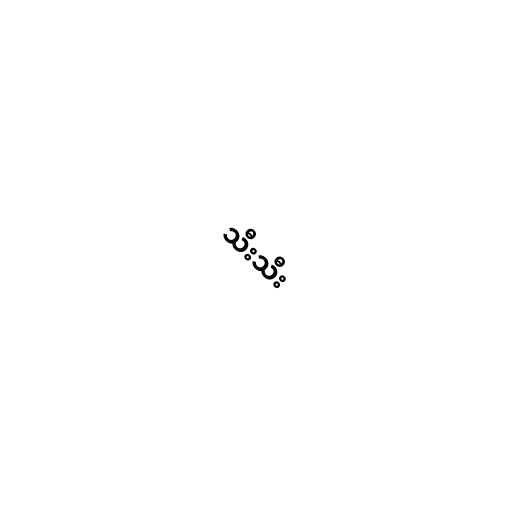
သီးသီး